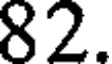
82.